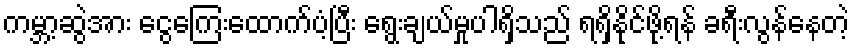
ကမ္ဘာ့ဆွဲအား ငွေကြေးထောက်ပံ့ပြီး ရွေးချယ်မှုပါရှိသည် ရရှိနိုင်ဖို့ရန် ခရီးလွန်နေတဲ့